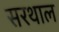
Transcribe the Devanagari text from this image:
सरथाल